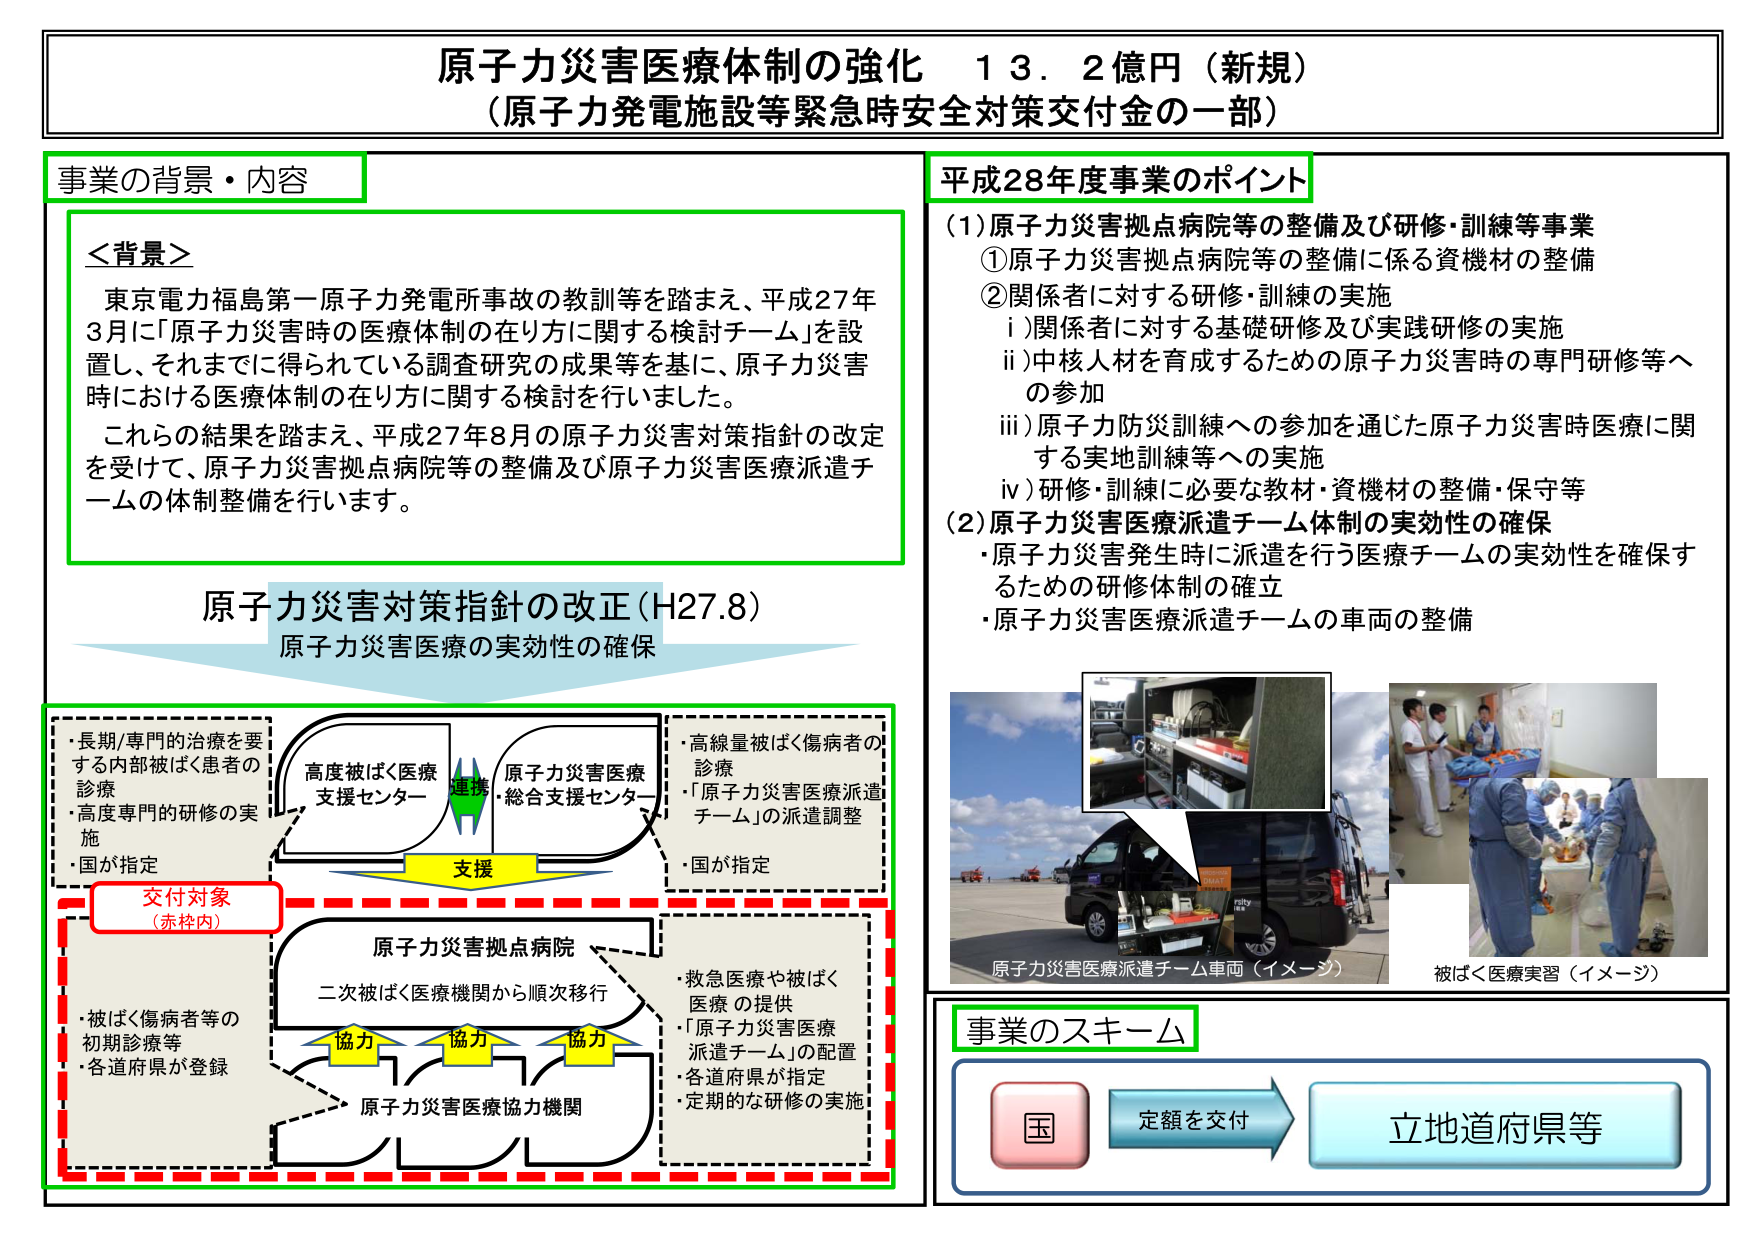
原子力災害医療体制の強化 13.2億円（新規）
（原子力発電施設等緊急時安全対策交付金の一部）

事業の背景・内容

＜背景＞
東京電力福島第一原子力発電所事故の教訓等を踏まえ、平成27年3月に「原子力災害時の医療体制の在り方に関する検討チーム」を設置し、それまでに得られている調査研究の成果等を基に、原子力災害時における医療体制の在り方に関する検討を行いました。
これらの結果を踏まえ、平成27年8月の原子力災害対策指針の改定を受けて、原子力災害拠点病院等の整備及び原子力災害医療派遣チームの体制整備を行います。

原子力災害対策指針の改正（H27.8）
原子力災害医療の実効性の確保

・長期/専門的治療を要する内部被ばく患者の診療
・高度専門的研修の実施
・国が指定

高度被ばく医療支援センター
→ 連携
→ 原子力災害医療・総合支援センター

支援

・高線量被ばく傷病者の診療
・「原子力災害医療派遣チーム」の派遣調整
・国が指定

原子力災害拠点病院
二次被ばく医療機関から順次移行

協力 協力 協力

原子力災害医療協力機関

・被ばく傷病者等の初期診療等
・各道府県が登録

交付対象（赤枠内）

・救急医療や被ばく医療の提供
・「原子力災害医療派遣チーム」の配置
・各道府県が指定
・定期的な研修の実施

平成28年度事業のポイント

（1）原子力災害拠点病院等の整備及び研修・訓練等事業
① 原子力災害拠点病院等の整備に係る資機材の整備
② 関係者に対する研修・訓練の実施
　i）関係者に対する基礎研修及び実践研修の実施
　ii）中核人材を育成するための原子力災害時の専門研修等への参加
　iii）原子力防災訓練への参加を通じた原子力災害時医療に関する実地訓練等への実施
　iv）研修・訓練に必要な教材・資機材の整備・保守等

（2）原子力災害医療派遣チーム体制の実効性の確保
・原子力災害発生時に派遣を行う医療チームの実効性を確保するための研修体制の確立
・原子力災害医療派遣チームの車両の整備

原子力災害医療派遣チーム車両（イメージ）
被ばく医療実習（イメージ）

事業のスキーム

国 → 定額を交付 → 立地道府県等